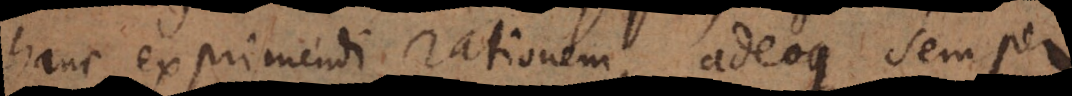
hanc exprimendi rationem, adeoque semper